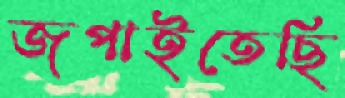
জপাইতেছি